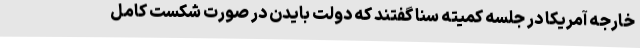
خارجه آمریکا در جلسه کمیته سنا گفتند که دولت بایدن در صورت شکست کامل